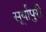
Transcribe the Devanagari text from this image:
सूर्यापुरी